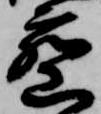
密